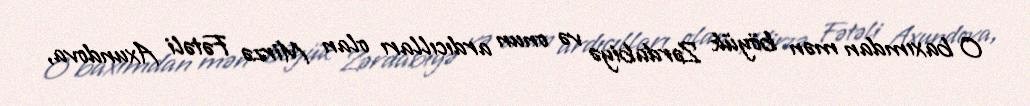
O baxımdan mən böyük Zərdabiyə və onun ardıcılları olan Mirzə Fətəli Axundova,